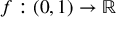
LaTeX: f : ( 0 , 1 ) \to \mathbb { R }